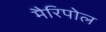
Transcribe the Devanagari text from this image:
मैरिपोल